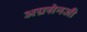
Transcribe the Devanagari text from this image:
अग्रसेनजी